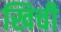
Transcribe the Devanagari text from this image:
खिची